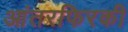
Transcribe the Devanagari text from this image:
आंतरफिरकी